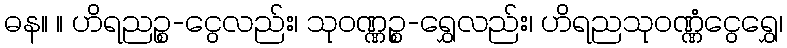
ဓန။ ။ ဟိရညဉ္စ-ငွေလည်း၊ သုဝဏ္ဏဉ္စ-ရွှေလည်း၊ ဟိရညသုဝဏ္ဏံငွေရွှေ၊